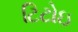
ટિટોઇ